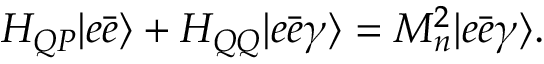
H _ { Q P } | e \bar { e } \rangle + H _ { Q Q } | e \bar { e } \gamma \rangle = M _ { n } ^ { 2 } | e \bar { e } \gamma \rangle .